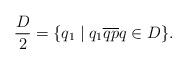
LaTeX: \begin{align*}\frac D2=\{q_1\mid q_1 \overline{qp} q\in D\}.\end{align*}